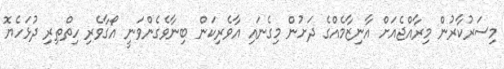
މިސަރުކާރުން މިރާއްޖެއަށް އާނިޒާމެއްގެ ދަށުން މިގެނައި އާވެރިކަން ބިނާވެގެންވަނީ އޯގާވެރި ހިތްތިރި ދުޅަހެޔޮ